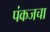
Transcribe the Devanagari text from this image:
पंकजचा